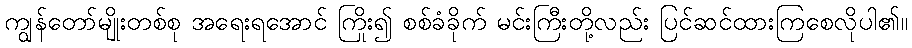
ကျွန်တော်မျိုးတစ်စု အရေးရအောင် ကြိုး၍ စစ်ခံခိုက် မင်းကြီးတို့လည်း ပြင်ဆင်ထားကြစေလိုပါ၏။